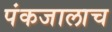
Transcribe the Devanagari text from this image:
पंकजालाच